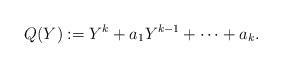
LaTeX: \begin{align*}Q(Y):=Y^k + a_1Y^{k-1} + \cdots + a_k.\end{align*}